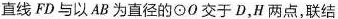
直线FD与以AB为直径的⊙O交于D，H两点，联结